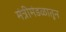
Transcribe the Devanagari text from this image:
मंत्रीमंडळातून